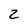
Character: 2